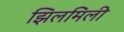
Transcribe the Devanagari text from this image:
झिलमिली